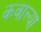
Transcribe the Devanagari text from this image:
कवाल्या